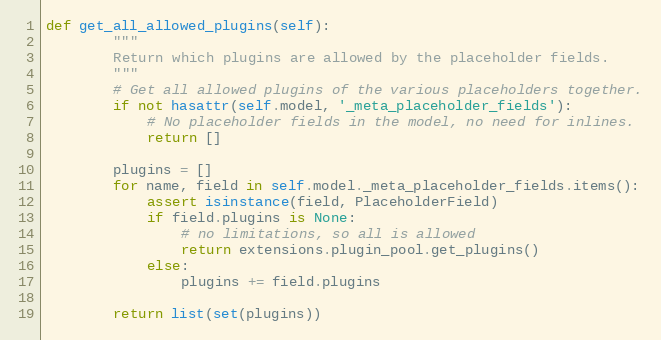
Language: Python
def get_all_allowed_plugins(self):
        """
        Return which plugins are allowed by the placeholder fields.
        """
        # Get all allowed plugins of the various placeholders together.
        if not hasattr(self.model, '_meta_placeholder_fields'):
            # No placeholder fields in the model, no need for inlines.
            return []

        plugins = []
        for name, field in self.model._meta_placeholder_fields.items():
            assert isinstance(field, PlaceholderField)
            if field.plugins is None:
                # no limitations, so all is allowed
                return extensions.plugin_pool.get_plugins()
            else:
                plugins += field.plugins

        return list(set(plugins))